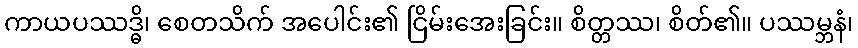
ကာယပဿဒ္ဓိ၊ စေတသိက် အပေါင်း၏ ငြိမ်းအေးခြင်း။ စိတ္တဿ၊ စိတ်၏။ ပဿမ္ဘနံ၊